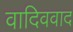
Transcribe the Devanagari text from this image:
वादिववाद